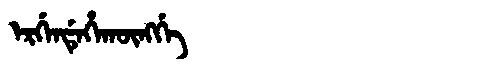
Manchu: ᡝᡵᡤᡝᠨᡩᡝᡥᠠᡴᡡᠩᡤᡝ
Romanization: ERGENDEHAKŪNGGE